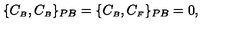
\{ C _ { \scriptscriptstyle B } , C _ { \scriptscriptstyle B } \} _ { P B } = \{ C _ { \scriptscriptstyle B } , C _ { \scriptscriptstyle F } \} _ { P B } = 0 ,